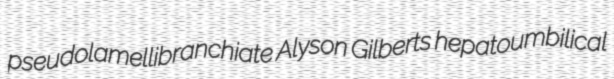
pseudolamellibranchiate Alyson Gilberts hepatoumbilical